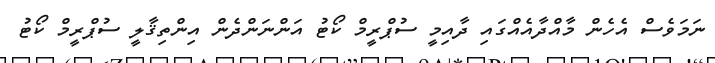
ނަމަވެސް އެހެން މާއްދާއެއްގައި ދާއިމީ ސުޕްރީމް ކޯޓު އަންނަންދެން އިންތިޤާލީ ސުޕްރީމް ކޯޓު